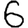
Digit: 6